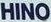
HINO